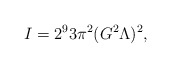
\begin{align*}I=2^9 3\pi^2 (G^{2}\Lambda )^{2},\end{align*}